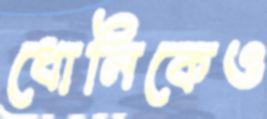
ধোনিকেও